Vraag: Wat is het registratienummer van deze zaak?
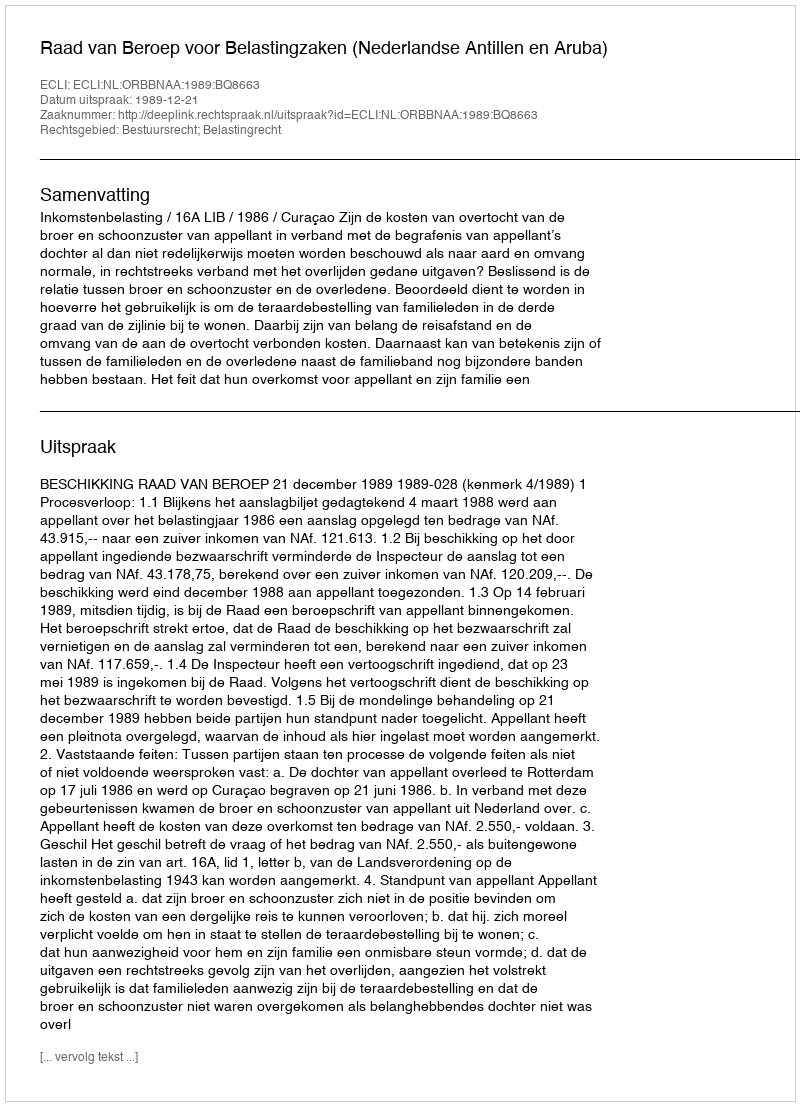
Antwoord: http://deeplink.rechtspraak.nl/uitspraak?id=ECLI:NL:ORBBNAA:1989:BQ8663